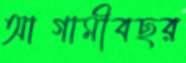
আগামীবছর